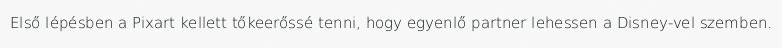
Első lépésben a Pixart kellett tőkeerőssé tenni, hogy egyenlő partner lehessen a Disney-vel szemben.